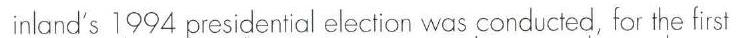
inland's 1994 presidential elections was conducted for the first